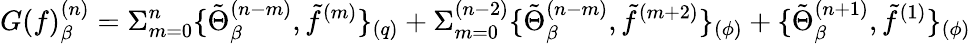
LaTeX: G(f)_{\beta}^{(n)}=\Sigma_{m=0}^{n}\{ \tilde{\Theta}_{\beta}^{(n-m)},\tilde{f}^{(m)}\} _{(q)}+\Sigma_{m=0}^{(n-2)}\{ \tilde{\Theta}_{\beta}^{(n-m)},\tilde{f}^{(m+2)}\} _{(\phi)}+\{ \tilde{\Theta}_{\beta}^{(n+1)},\tilde{f}^{(1)}\} _{(\phi)}